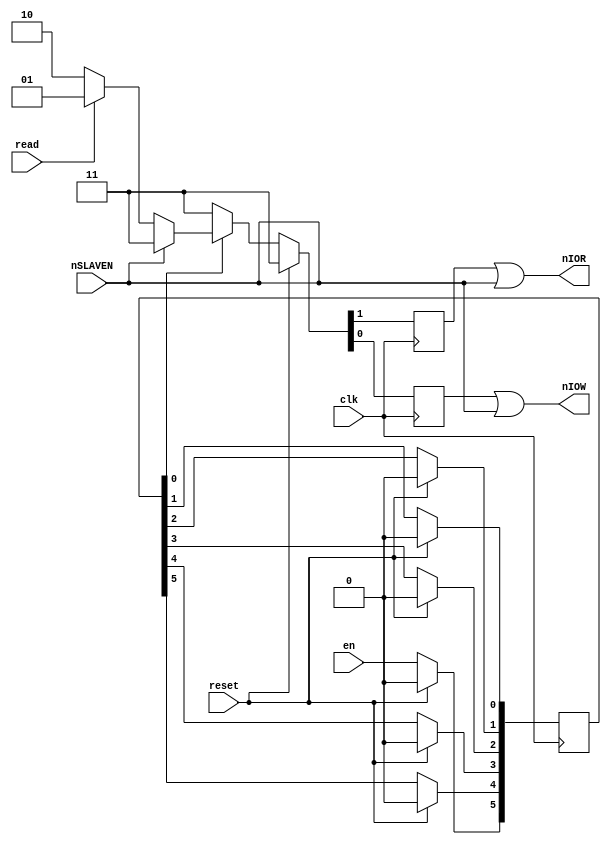
module isa (
	clk,
	reset,
	en,	
	read,
	nSLAVEN,
	
	
	nIOR,
	nIOW,
);

input clk;
input reset;

input en;
input read;
input nSLAVEN;


output nIOR;
output nIOW;



reg nior_r;
reg niow_r;


reg [5:0] en_delay;

assign nIOR = nior_r | nSLAVEN;
assign nIOW = niow_r | nSLAVEN;



always @(posedge clk) begin
	
	en_delay [5] <= en;
	en_delay [4] <= en_delay [5];
	en_delay [3] <= en_delay [4];
	en_delay [2] <= en_delay [3];
	en_delay [1] <= en_delay [2];
	en_delay [0] <= en_delay [1];
	
	if (reset) begin
		{nior_r, niow_r} <= 2'b11;
		en_delay [5:0] <= 6'b0;
	end
	else
		if (en_delay [0])
			{nior_r, niow_r} <= nSLAVEN ? 2'b11 : read ? 2'b01 : 2'b10;
		else
			{nior_r, niow_r} <= 2'b11;
end

endmodule